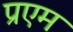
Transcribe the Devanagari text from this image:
प्रएम